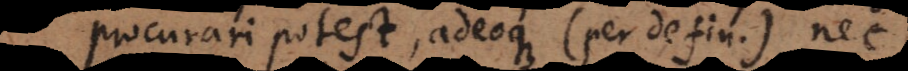
procurari potest, adeoque (per defin.) nec